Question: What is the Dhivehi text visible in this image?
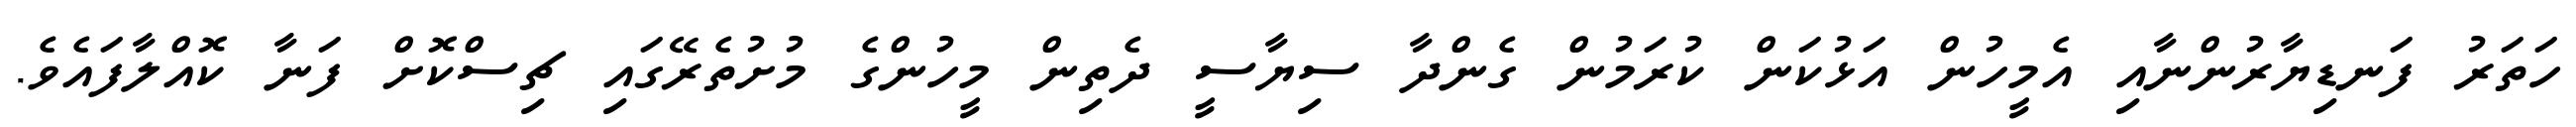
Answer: ހަތަރު ފަނޑިޔާރުންނާއި އެމީހުން އަޅުކަން ކުރަމުން ގެންދާ ސިޔާސީ ދެތިން މީހުންގެ މުށުތެރޭގައި ޗިސްކޮށް ފަނާ ކޮއްލާފައެވެ.